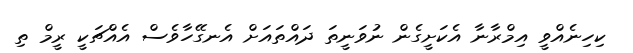
ކިހިނެއްވީ އިމްރާނާ އެކަށީގެން ނުވަނީތަ ދައްތައަށް އެނގޭހާވެސް އެއްޗަކީ ރީމް ތި